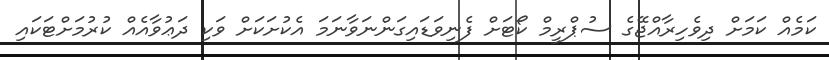
ކަމެއް ކަމަށް ދިވެހިރާއްޖޭގެ ސުޕްރީމް ކޯޓަށް ފެނިވަޑައިގަންނަވާނަމަ އެކުށަކަށް ވަކި ދަޢުވާއެއް ކުރުމަށްޓަކައި